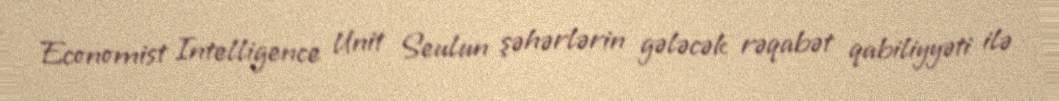
Economist Intelligence Unit Seulun şəhərlərin gələcək rəqabət qabiliyyəti ilə